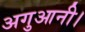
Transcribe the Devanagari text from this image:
अगुआनी।